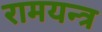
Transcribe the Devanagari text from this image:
रामयन्त्र